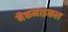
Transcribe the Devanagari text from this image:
मैकमाइकल